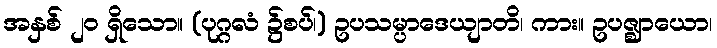
အနှစ် ၂၀ ရှိသော။ (ပုဂ္ဂလံ ၌စပ်၊) ဥပသမ္ပာဒေယျာတိ၊ ကား။ ဥပဇ္ဈာယော၊